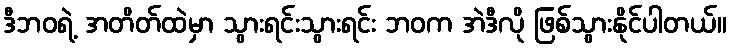
ဒီဘဝရဲ့ အတိတ်ထဲမှာ သွားရင်းသွားရင်း ဘဝက အဲဒီလို ဖြစ်သွားနိုင်ပါတယ်။